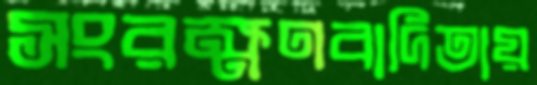
সংরক্ষণবাদিতায়